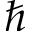
\hbar